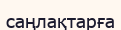
саңлақтарға